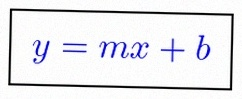
y=mx+b